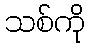
သစ်ကို